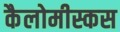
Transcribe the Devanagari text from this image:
कैलोमीस्कस